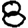
Digit: 8